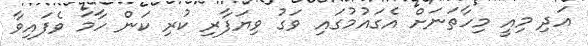
އަދި މިއީ މިހާތަނަށް އެގައުމުގައި ވަގު ވިޔަފާރި ކުރި ކަން ހާމަ ވެފައިވާ